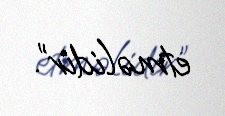
etməlidir”.